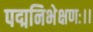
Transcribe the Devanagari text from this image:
पद्मनिभेक्षणः।।